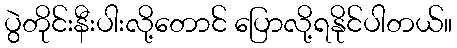
ပွဲတိုင်းနီးပါးလို့တောင် ပြောလို့ရနိုင်ပါတယ်။